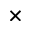
\times